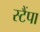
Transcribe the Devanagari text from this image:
स्टैंपा